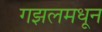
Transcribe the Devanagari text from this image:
गझलमधून